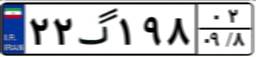
۲۲گ۱۹۸۰۲